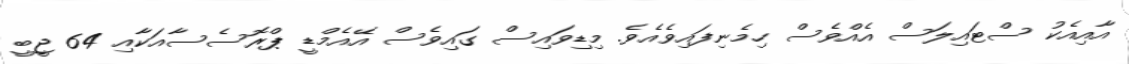
އާއިއެކު ސްޓައިލަސް އެއްވެސް ހިމެނިފައިވެއެވެ. މިޑިވައިސް ގައިވެސް އޭއެމްޑީ ޕްރޮސެސާއަކާއި 64 ޖީބީ